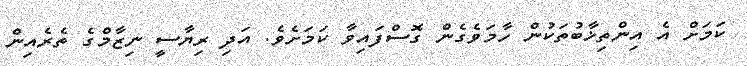
ކަމަށް އެ އިންތިޚާބުތަކުން ހާމަވެގެން ގޮސްފައިވާ ކަމަށެވެ. އަދި ރިޔާސީ ނިޒާމްގެ ތެރެއިން